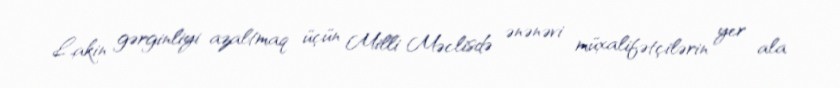
Lakin gərginliyi azaltmaq üçün Milli Məclisdə ənənəvi müxalifətçilərin yer ala